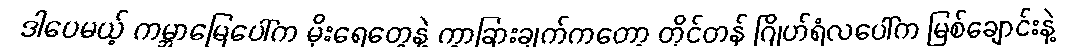
ဒါပေမယ့် ကမ္ဘာမြေပေါ်က မိုးရေတွေနဲ့ ကွာခြားချက်ကတော့ တိုင်တန် ဂြိုဟ်ရံလပေါ်က မြစ်ချောင်းနဲ့